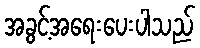
အခွင့်အရေးပေးပါသည်